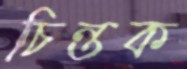
চিন্তক